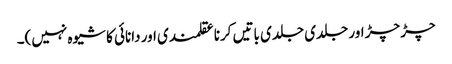
چڑ چڑ اور جلدی جلدی باتیں کرنا عقلمندی اور دانائی کا شیوہ نہیں)۔